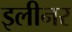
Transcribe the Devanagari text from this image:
इलीनर